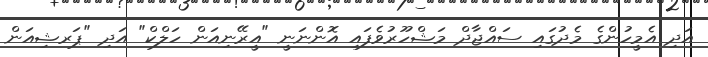
އަދި އެމީހުންގެ މެދުގައި ސައްޖާދް މަޝްހޫރުވެފައި އޮންނަނީ "އީރޭނިއަން ހަލްކް" އަދި "ޕަރޝިއަން